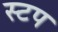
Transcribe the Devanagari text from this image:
स्टप